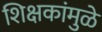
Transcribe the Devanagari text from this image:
शिक्षकांमुळे